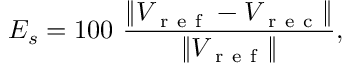
E _ { s } = 1 0 0 \, \, \frac { \| V _ { \mathrm { ~ r ~ e ~ f ~ } } - V _ { \mathrm { ~ r ~ e ~ c ~ } } \| } { \| V _ { \mathrm { ~ r ~ e ~ f ~ } } \| } ,